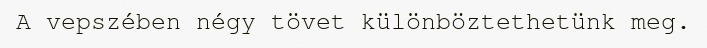
A vepszében négy tövet különböztethetünk meg.